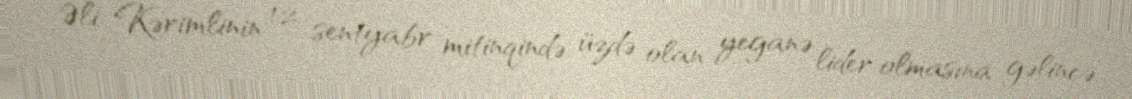
Əli Kərimlinin 12 sentyabr mitinqində üzdə olan yeganə lider olmasına gəlincə